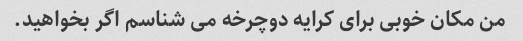
من مکان خوبی برای کرایه دوچرخه می شناسم اگر بخواهید.